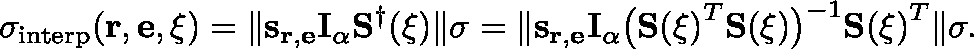
\sigma _ { \mathrm { i n t e r p } } ( \mathbf { r } , \mathbf { e } , \mathbf { \xi } ) = \| \mathbf { s } _ { \mathbf { r } , \mathbf { e } } \mathbf { I } _ { \alpha } \mathbf { S } ^ { \dagger } ( \mathbf { \xi } ) \| \sigma = \| \mathbf { s } _ { \mathbf { r } , \mathbf { e } } \mathbf { I } _ { \alpha } \big ( \mathbf { S ( \mathbf { \xi } ) } ^ { T } \mathbf { S ( \mathbf { \xi } ) } \big ) ^ { - 1 } \mathbf { S ( \mathbf { \xi } ) } ^ { T } \| \sigma .